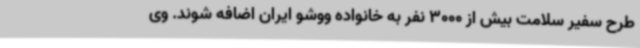
طرح سفیر سلامت بیش از 3000 نفر به خانواده ووشو ایران اضافه شوند. وی